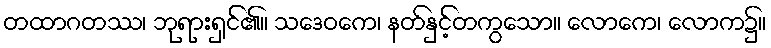
တထာဂတဿ၊ ဘုရားရှင်၏။ သဒေဝကေ၊ နတ်နှင့်တကွသော။ လောကေ၊ လောက၌။